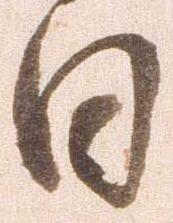
日